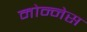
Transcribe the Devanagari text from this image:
मोन्‍नेस